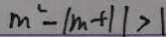
m ^ { 2 } - \vert m + 1 \vert > 1